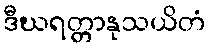
ဒီဃရတ္တာနုသယိတံ